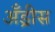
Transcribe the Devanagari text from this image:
अँड्रीस